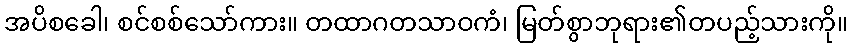
အပိစခေါ၊ စင်စစ်သော်ကား။ တထာဂတသာဝကံ၊ မြတ်စွာဘုရား၏တပည့်သားကို။